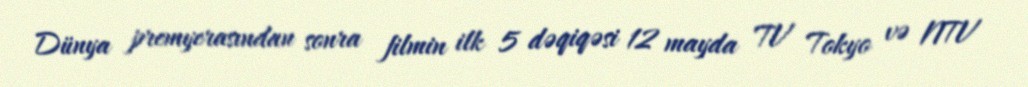
Dünya premyerasından sonra filmin ilk 5 dəqiqəsi 12 mayda TV Tokyo və NTV